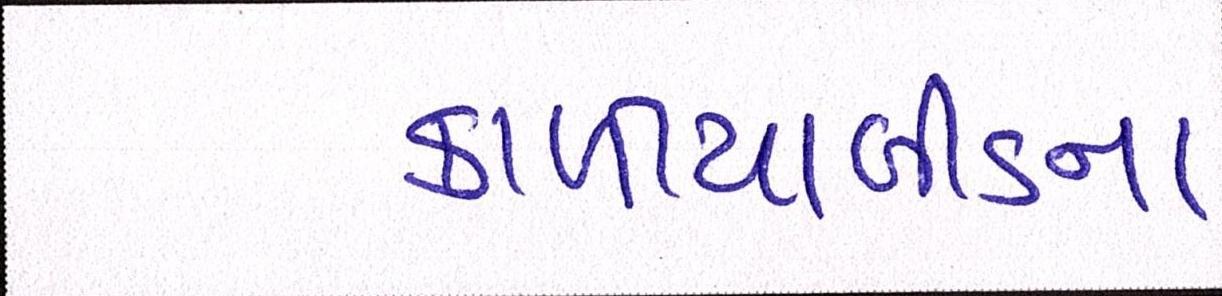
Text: કાળીયાબીડના